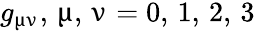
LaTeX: g_{\upmu\upnu},\, \upmu,\, \upnu=0,\, 1,\, 2,\, 3